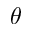
\theta